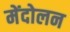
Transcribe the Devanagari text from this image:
मेंदोलन